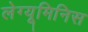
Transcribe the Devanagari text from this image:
लेग्यूमिनिस